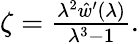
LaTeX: \begin{array}{r}{\zeta=\frac{\lambda^{2}\hat{w}^{\prime}(\lambda)}{\lambda^{3}-1}.}\end{array}